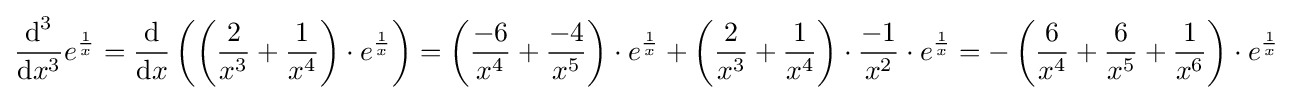
{\frac {{\textrm {d}}^{3}}{{\textrm {d}}x^{3}}}e^{\frac {1}{x}}={\frac {\textrm {d}}{{\textrm {d}}x}}\left(\left({\frac {2}{x^{3}}}+{\frac {1}{x^{4}}}\right)\cdot e^{\frac {1}{x}}\right)=\left({\frac {-6}{x^{4}}}+{\frac {-4}{x^{5}}}\right)\cdot e^{\frac {1}{x}}+\left({\frac {2}{x^{3}}}+{\frac {1}{x^{4}}}\right)\cdot {\frac {-1}{x^{2}}}\cdot e^{\frac {1}{x}}=-\left({\frac {6}{x^{4}}}+{\frac {6}{x^{5}}}+{\frac {1}{x^{6}}}\right)\cdot e^{\frac {1}{x}}